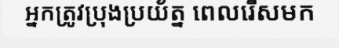
អ្នកត្រូវប្រុងប្រយ័ត្ន ពេលរើសមក